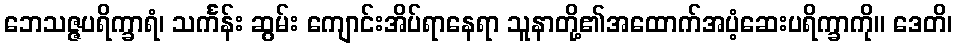
ဘေသဇ္ဇပရိက္ခာရံ၊ သင်္ကန်း ဆွမ်း ကျောင်းအိပ်ရာနေရာ သူနာတို့၏အထောက်အပံ့ဆေးပရိက္ခာကို။ ဒေတိ၊